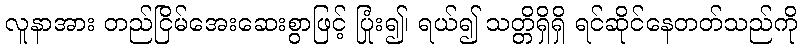
လူနာအား တည်ငြိမ်အေးဆေးစွာဖြင့် ပြုံး၍၊ ရယ်၍ သတ္တိရှိရှိ ရင်ဆိုင်နေတတ်သည်ကို